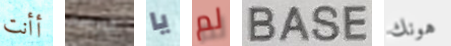
أأنت الترويج يا لم BASE هونك